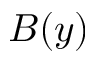
B ( y )